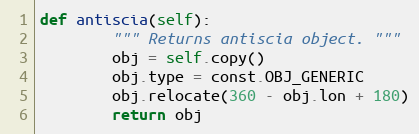
Language: Python
def antiscia(self):
        """ Returns antiscia object. """
        obj = self.copy()
        obj.type = const.OBJ_GENERIC
        obj.relocate(360 - obj.lon + 180)
        return obj